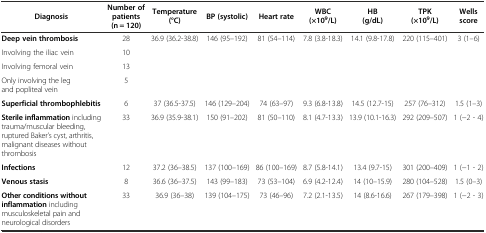
| Diagnosis | Number of patients (n = 120) | Temperature (°C) | BP (systolic) | Heart rate | WBC (×109/L) | HB (g/dL) | TPK (×109/L) | Wells score |
 | --- | --- | --- | --- | --- | --- | --- | --- | --- |
 | Deep vein thrombosis | 28 | <ROWSPAN=4> 36.9 (36.2-38.8) | <ROWSPAN=4> 146 (95–192) | <ROWSPAN=4> 81 (54–114) | <ROWSPAN=4> 7.8 (3.8-18.3) | <ROWSPAN=4> 14.1 (9.8-17.8) | <ROWSPAN=4> 220 (115–401) | <ROWSPAN=4> 3 (1–6) |
 | Involving the iliac vein | 10 |
 | Involving femoral vein | 13 |
 | Only involving the leg and popliteal vein | 5 |
 | Superficial thrombophlebitis | 6 | 37 (36.5-37.5) | 146 (129–204) | 74 (63–97) | 9.3 (6.8-13.8) | 14.5 (12.7-15) | 257 (76–312) | 1.5 (1–3) |
 | Sterile inflammation including trauma/muscular bleeding, ruptured Baker’s cyst, arthritis, malignant diseases without thrombosis | 33 | 36.9 (35.9-38.1) | 150 (91–202) | 81 (50–110) | 8.1 (4.7-13.3) | 13.9 (10.1-16.3) | 292 (209–507) | 1 (−2 - 4) |
 | Infections | 12 | 37.2 (36–38.5) | 137 (100–169) | 86 (100–169) | 8.7 (5.8-14.1) | 13.4 (9.7-15) | 301 (200–409) | 1 (−1 - 2) |
 | Venous stasis | 8 | 36.6 (36–37.5) | 143 (99–183) | 73 (53–104) | 6.9 (4.2-12.4) | 14 (10–15.9) | 280 (104–528) | 1.5 (0–3) |
 | Other conditions without inflammation including musculoskeletal pain and neurological disorders | 33 | 36.9 (36–38) | 139 (104–175) | 73 (46–96) | 7.2 (2.1-13.5) | 14 (8.6-16.6) | 267 (179–398) | 1 (−2 - 3) |